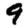
Digit: 9